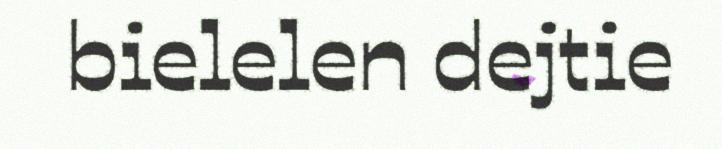
bielelen dejtie